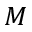
M